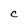
Character: C